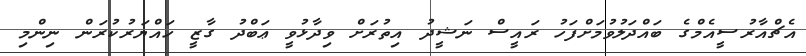
އެޗްއާރުސީއެމްގެ ބައްދަލުވުމަށްފަހު ރައީސް ނަޝީދު އިތުރަށް ވިދާޅުވީ ޢަބްދު ގާޒީ ހައްޔަރުކުރަން ނިންމި